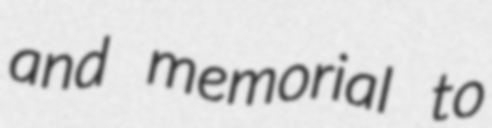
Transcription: and memorial to